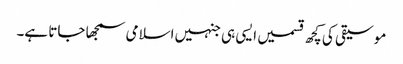
موسیقی کی کچھ قسمیں ایسی ہی جنہیں اسلامی سمجھا جاتا ہے۔